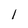
Character: l